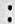
: